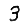
Digit: 3